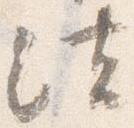
法